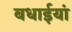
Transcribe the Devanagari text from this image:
बधाईयां